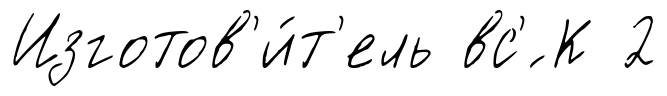
Изготов'и́т'ель вс'́ К 2